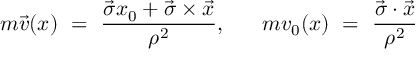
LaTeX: m \vec { v } ( x ) ~ = ~ \frac { \vec { \sigma } x _ { 0 } + \vec { \sigma } \times \vec { x } } { \rho ^ { 2 } } , ~ ~ ~ ~ ~ m v _ { 0 } ( x ) ~ = ~ \frac { \vec { \sigma } \cdot \vec { x } } { \rho ^ { 2 } }